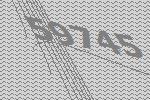
59745